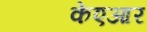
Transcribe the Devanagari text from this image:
केएआर